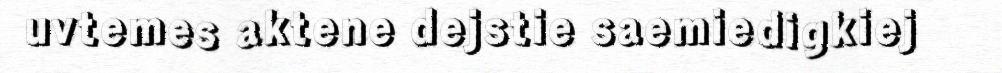
uvtemes aktene dejstie saemiedigkiej